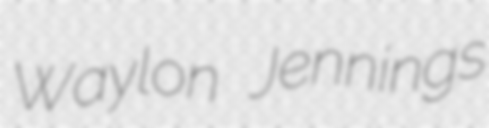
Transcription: Waylon Jennings